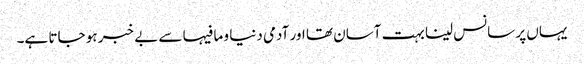
یہاں پر سانس لینا بہت آسان تھا اور آدمی دنیا و ما فیہا سے بے خبر ہو جاتا ہے۔